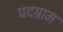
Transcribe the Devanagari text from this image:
पदग्राम